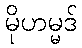
မိုဟမ္မဒ်